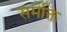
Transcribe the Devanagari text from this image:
समेक्ति